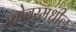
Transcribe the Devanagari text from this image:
खोबरमधील